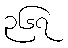
၃၆၇